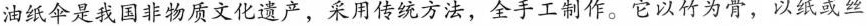
油纸伞是我国非物质文化遗产，采用传统方法，全手工制作。它以竹为骨，以纸或丝